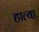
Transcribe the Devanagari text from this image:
हात्या